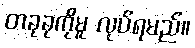
တခုခုကိုမူ လုပ်ရမည်။